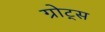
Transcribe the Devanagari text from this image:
ग्रोट्स